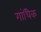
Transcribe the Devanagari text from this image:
गांधिक